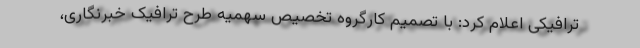
ترافیکی اعلام کرد: با تصمیم کارگروه تخصیص سهمیه طرح ترافیک خبرنگاری،